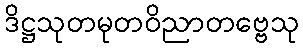
ဒိဋ္ဌသုတမုတဝိညာတဗ္ဗေသု